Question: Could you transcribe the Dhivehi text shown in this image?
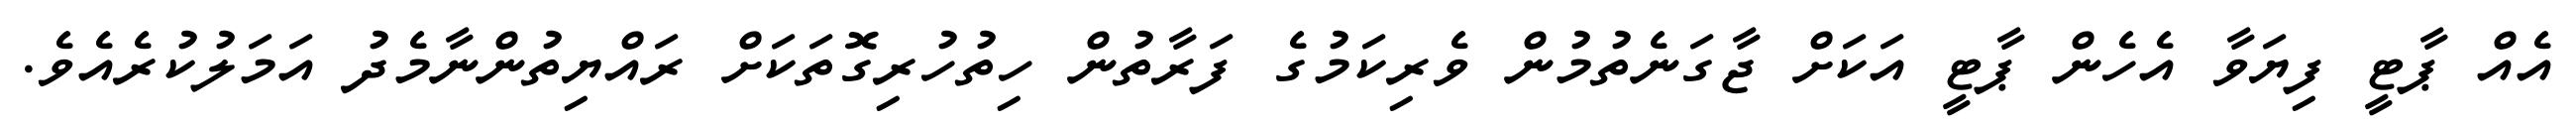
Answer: އެއް ޕާޓީ ފިޔަވާ އެހެން ޕާޓީ އަކަށް ޖާގަނެތުމުން ވެރިކަމުގެ ފަރާތުން ހިތުހުރިގޮތަކަށް ރައްޔިތުންނާމެދު އަމަލުކުރެއެވެ.